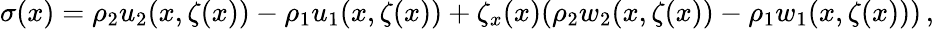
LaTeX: {\sigma}(x)=\rho_{2}u_{2}(x,\zeta(x))-\rho_{1}u_{1}(x,\zeta(x))+\zeta_{x}(x)(\rho_{2}w_{2}(x,\zeta(x))-\rho_{1}w_{1}(x,\zeta(x)))\, ,